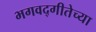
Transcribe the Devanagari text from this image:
भगवद्‌गीतेच्या